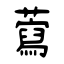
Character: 藛